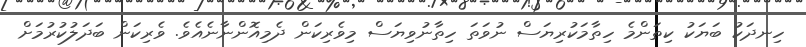
ހިނދަކު ބަޔަކު ކިތަންމެ ހިތާމަކުރިޔަސް ނުވަތަ ހިތާނުވިޔަސް މިވެރިކަން ދެމިއޮންނާނެއެވެ. ވެރިކަން ބަދަލުކުރުމަށް